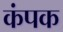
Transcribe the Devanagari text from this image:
कंपक